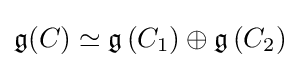
{\mathfrak {g}}(C)\simeq {\mathfrak {g}}\left(C_{1}\right)\oplus {\mathfrak {g}}\left(C_{2}\right)